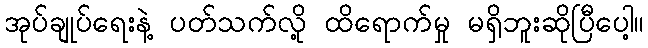
အုပ်ချုပ်ရေးနဲ့ ပတ်သက်လို့ ထိရောက်မှု မရှိဘူးဆိုပြီပေါ့။